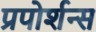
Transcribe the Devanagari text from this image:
प्रपोर्शन्स